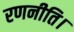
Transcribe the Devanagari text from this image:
रणनीति।